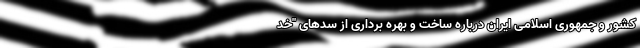
کشور و جمهوری اسلامی ایران درباره ساخت و بهره برداری از سدهای "خد